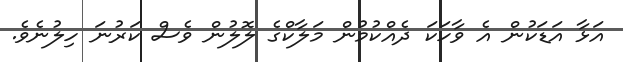
އަޅާ އަޑަކުން އެ ވާހަކަ ދެއްކުމުން މަލާކްގެ ލޮލުން ވެސް ކަރުނަ ހިލުނެވެ.